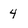
Character: 4